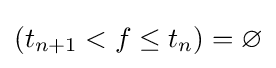
(t_{n+1}<f\leq t_{n})=\varnothing